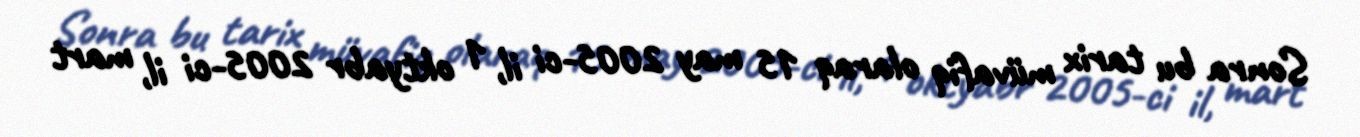
Sonra bu tarix müvafiq olaraq 15 may 2005-ci il, 1 oktyabr 2005-ci il, mart